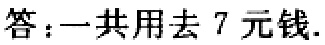
答：一共用去 7 元钱.